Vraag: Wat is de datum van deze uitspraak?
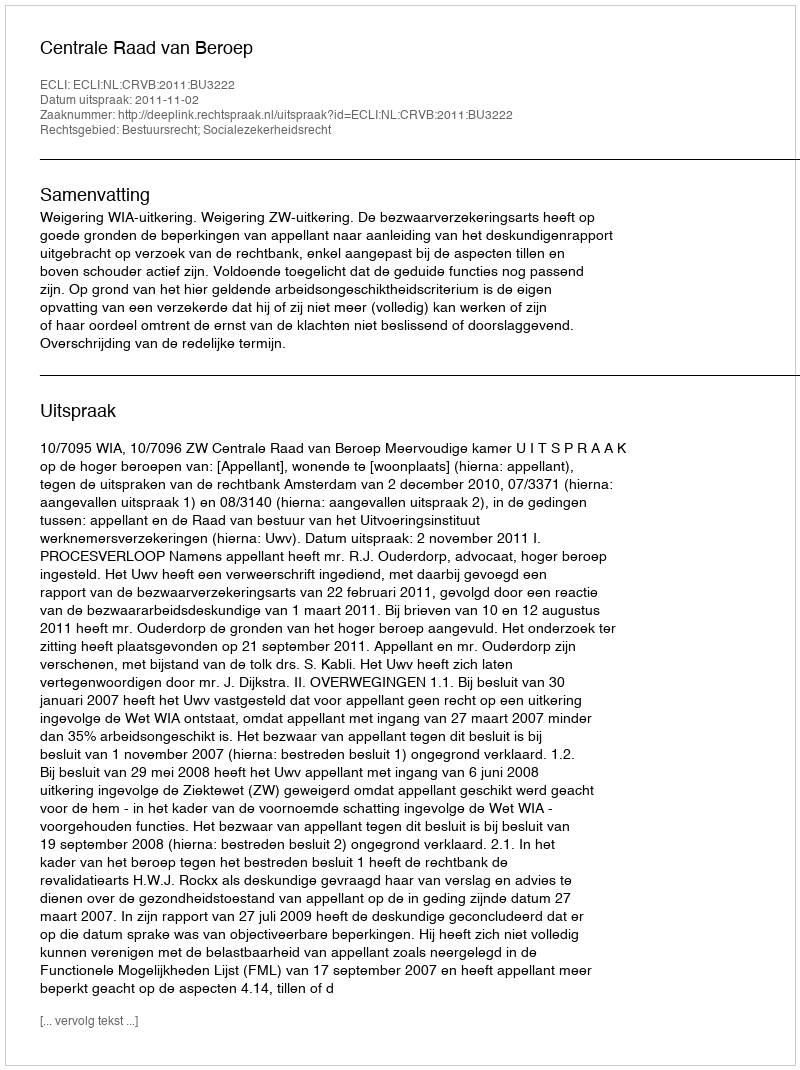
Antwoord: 2011-11-02